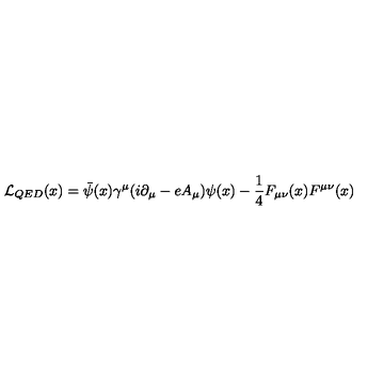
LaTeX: { \cal { L } } _ { Q E D } ( x ) = \bar { \psi } ( x ) \gamma ^ { \mu } ( i \partial _ { \mu } - e A _ { \mu } ) \psi ( x ) - \frac { 1 } { 4 } F _ { \mu \nu } ( x ) F ^ { \mu \nu } ( x )